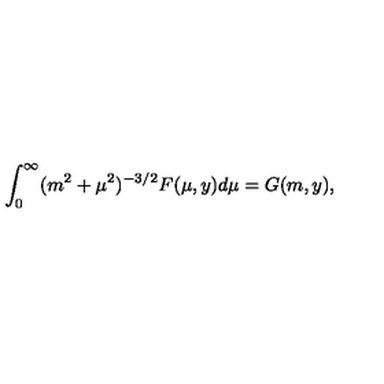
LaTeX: \int _ { 0 } ^ { \infty } ( m ^ { 2 } + \mu ^ { 2 } ) ^ { - 3 / 2 } F ( \mu , y ) d \mu = G ( m , y ) ,